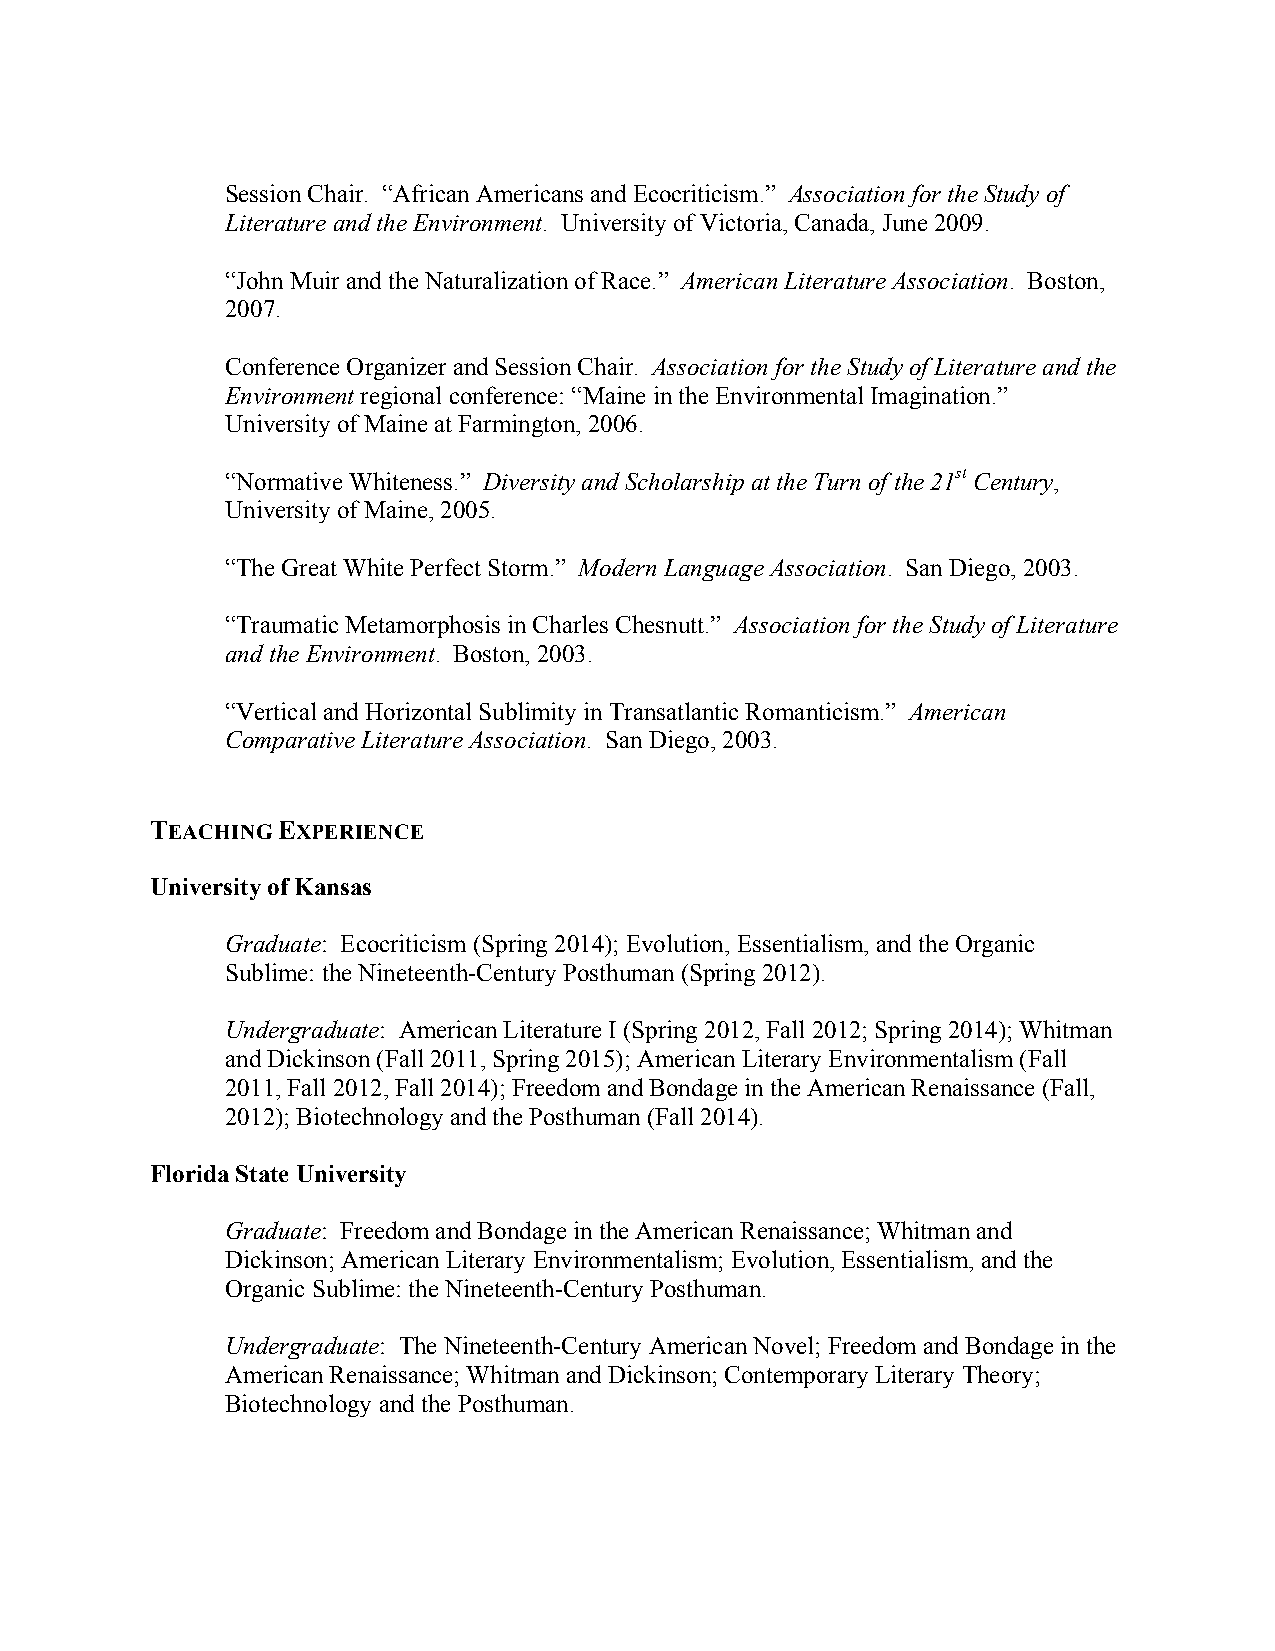
Session Chair. “African Americans and Ecocriticism.” Association for the Study of
 Literature and the Environment. University of Victoria, Canada, June 2009.
 “John Muir and the Naturalization of Race.” American Literature Association. Boston,
 2007.
 Conference Organizer and Session Chair. Association for the Study of Literature and the
 Environment regional conference: “Maine in the Environmental Imagination.”
 University of Maine at Farmington, 2006.
 “Normative Whiteness.” Diversity and Scholarship at the Turn of the 21st Century,
 University of Maine, 2005.
 “The Great White Perfect Storm.” Modern Language Association. San Diego, 2003.
 “Traumatic Metamorphosis in Charles Chesnutt.” Association for the Study of Literature
 and the Environment. Boston, 2003.
 “Vertical and Horizontal Sublimity in Transatlantic Romanticism.” American
 Comparative Literature Association. San Diego, 2003.
 TEACHING EXPERIENCE
 University of Kansas
 Graduate: Ecocriticism (Spring 2014); Evolution, Essentialism, and the Organic
 Sublime: the Nineteenth-Century Posthuman (Spring 2012).
 Undergraduate: American Literature I (Spring 2012, Fall 2012; Spring 2014); Whitman
 and Dickinson (Fall 2011, Spring 2015); American Literary Environmentalism (Fall
 2011, Fall 2012, Fall 2014); Freedom and Bondage in the American Renaissance (Fall,
 2012); Biotechnology and the Posthuman (Fall 2014).
 Florida State University
 Graduate: Freedom and Bondage in the American Renaissance; Whitman and
 Dickinson; American Literary Environmentalism; Evolution, Essentialism, and the
 Organic Sublime: the Nineteenth-Century Posthuman.
 Undergraduate: The Nineteenth-Century American Novel; Freedom and Bondage in the
 American Renaissance; Whitman and Dickinson; Contemporary Literary Theory;
 Biotechnology and the Posthuman.